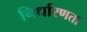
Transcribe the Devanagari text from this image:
निर्धारणता